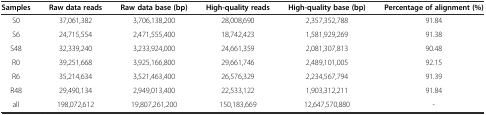
<table><thead><tr><td><b>Samples</b></td><td><b>Raw data reads</b></td><td><b>Raw data base (bp)</b></td><td><b>High-quality reads</b></td><td><b>High-quality base (bp)</b></td><td><b>Percentage of alignment (%)</b></td></tr></thead><tbody><tr><td>S0</td><td>37,061,382</td><td>3,706,138,200</td><td>28,008,690</td><td>2,357,352,788</td><td>91.84</td></tr><tr><td>S6</td><td>24,715,554</td><td>2,471,555,400</td><td>18,742,423</td><td>1,581,929,269</td><td>91.38</td></tr><tr><td>S48</td><td>32,339,240</td><td>3,233,924,000</td><td>24,661,359</td><td>2,081,307,813</td><td>90.48</td></tr><tr><td>R0</td><td>39,251,668</td><td>3,925,166,800</td><td>29,661,746</td><td>2,489,101,005</td><td>92.15</td></tr><tr><td>R6</td><td>35,214,634</td><td>3,521,463,400</td><td>26,576,329</td><td>2,234,567,794</td><td>91.39</td></tr><tr><td>R48</td><td>29,490,134</td><td>2,949,013,400</td><td>22,533,122</td><td>1,903,312,211</td><td>91.84</td></tr><tr><td>all</td><td>198,072,612</td><td>19,807,261,200</td><td>150,183,669</td><td>12,647,570,880</td><td>-</td></tr></tbody></table>